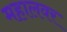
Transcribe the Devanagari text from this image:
महालवर